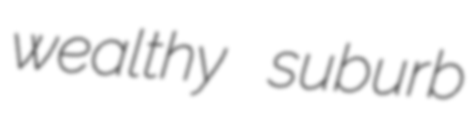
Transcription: wealthy suburb